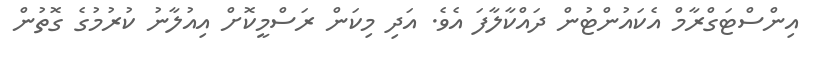
އިންސްޓަގްރާމް އެކައުންޓުން ދައްކާލާފަ އެވެ. އަދި މިކަން ރަސްމީކޮށް އިއުލާނު ކުރުމުގެ ގޮތުން